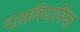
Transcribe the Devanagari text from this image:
दासविदानिया